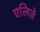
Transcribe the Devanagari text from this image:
एलिज़े